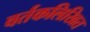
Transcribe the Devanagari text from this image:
वर्तकलिखित